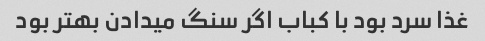
غذا سرد بود با کباب اگر سنگ میدادن بهتر بود